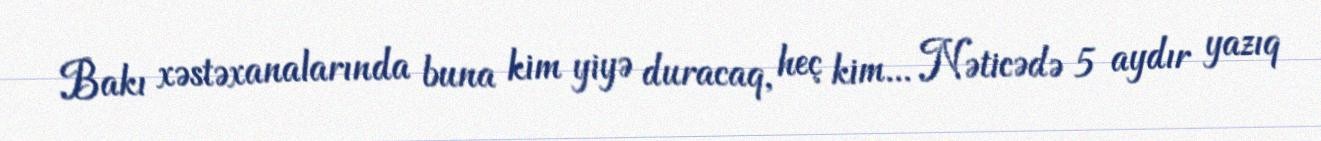
Bakı xəstəxanalarında buna kim yiyə duracaq, heç kim... Nəticədə 5 aydır yazıq